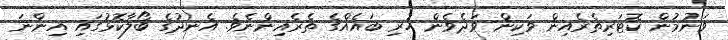
ވަނުމުން ކޮޓަރިތެރެއިން ވަކިން ވަދެވެން ހުރި ބައެއްގެ ތެރެއިންނެވެ. އެނދުގެ ބޯލާކޮޅުގައި އިންނަ